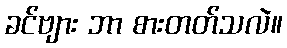
ခင်ဗျား ဘာ စားတတ်သလဲ။